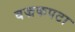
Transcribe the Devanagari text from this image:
वज्रकपटा